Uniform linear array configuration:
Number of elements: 12
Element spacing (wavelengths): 0.5
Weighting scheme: hamming
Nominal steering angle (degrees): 15
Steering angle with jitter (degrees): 14.503
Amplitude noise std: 0.05
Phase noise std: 0.05

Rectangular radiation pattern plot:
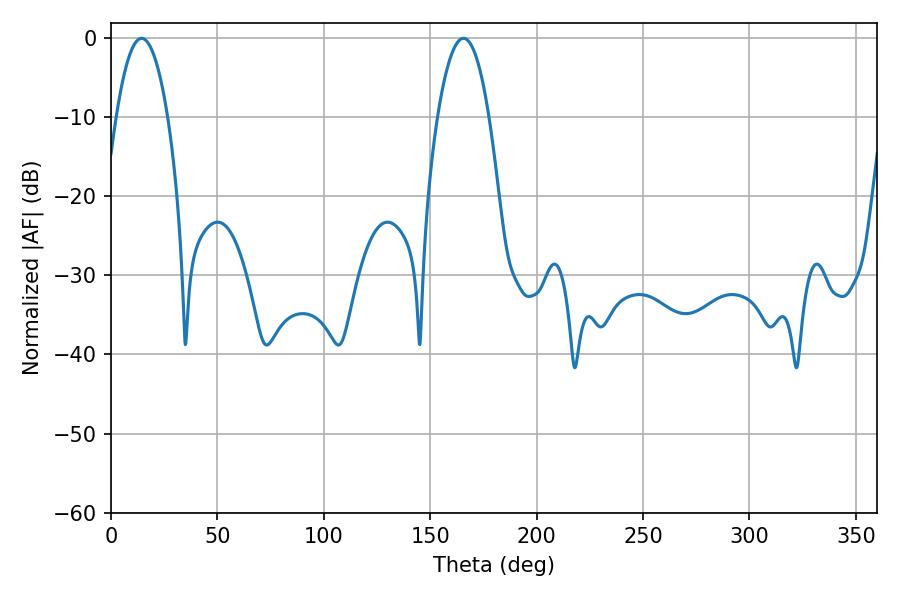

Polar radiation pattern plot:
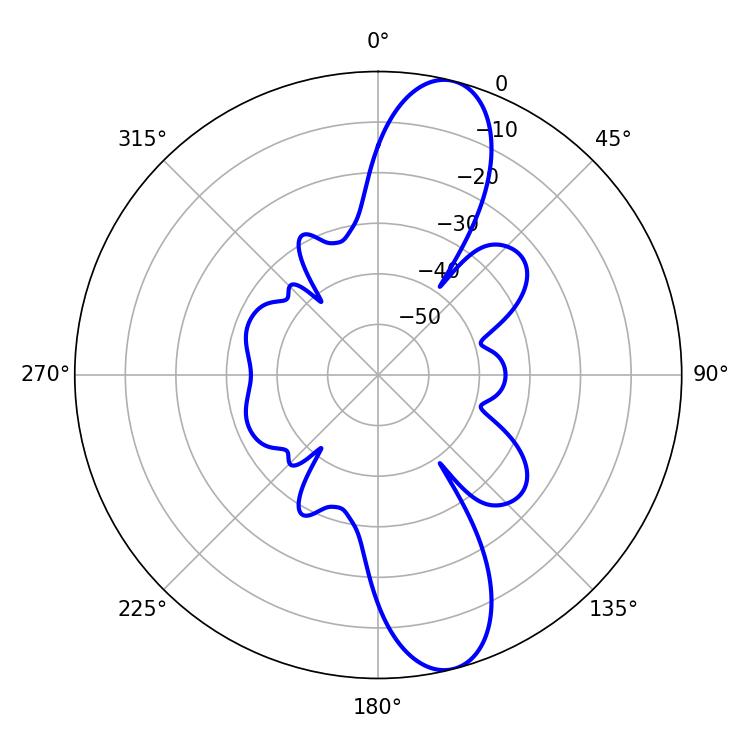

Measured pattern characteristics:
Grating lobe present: FALSE
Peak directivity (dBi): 12.033
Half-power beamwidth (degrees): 13.32
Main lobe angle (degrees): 14.4